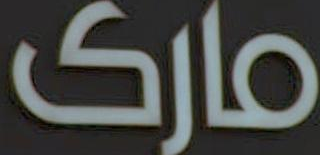
مارک